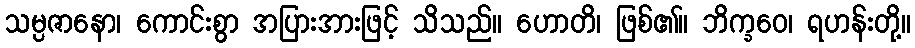
သမ္ပဇာနော၊ ကောင်းစွာ အပြားအားဖြင့် သိသည်။ ဟောတိ၊ ဖြစ်၏။ ဘိက္ခဝေ၊ ရဟန်းတို့။